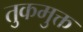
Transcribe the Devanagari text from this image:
तुकमुक्त